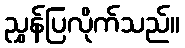
ညွှန်ပြလိုက်သည်။